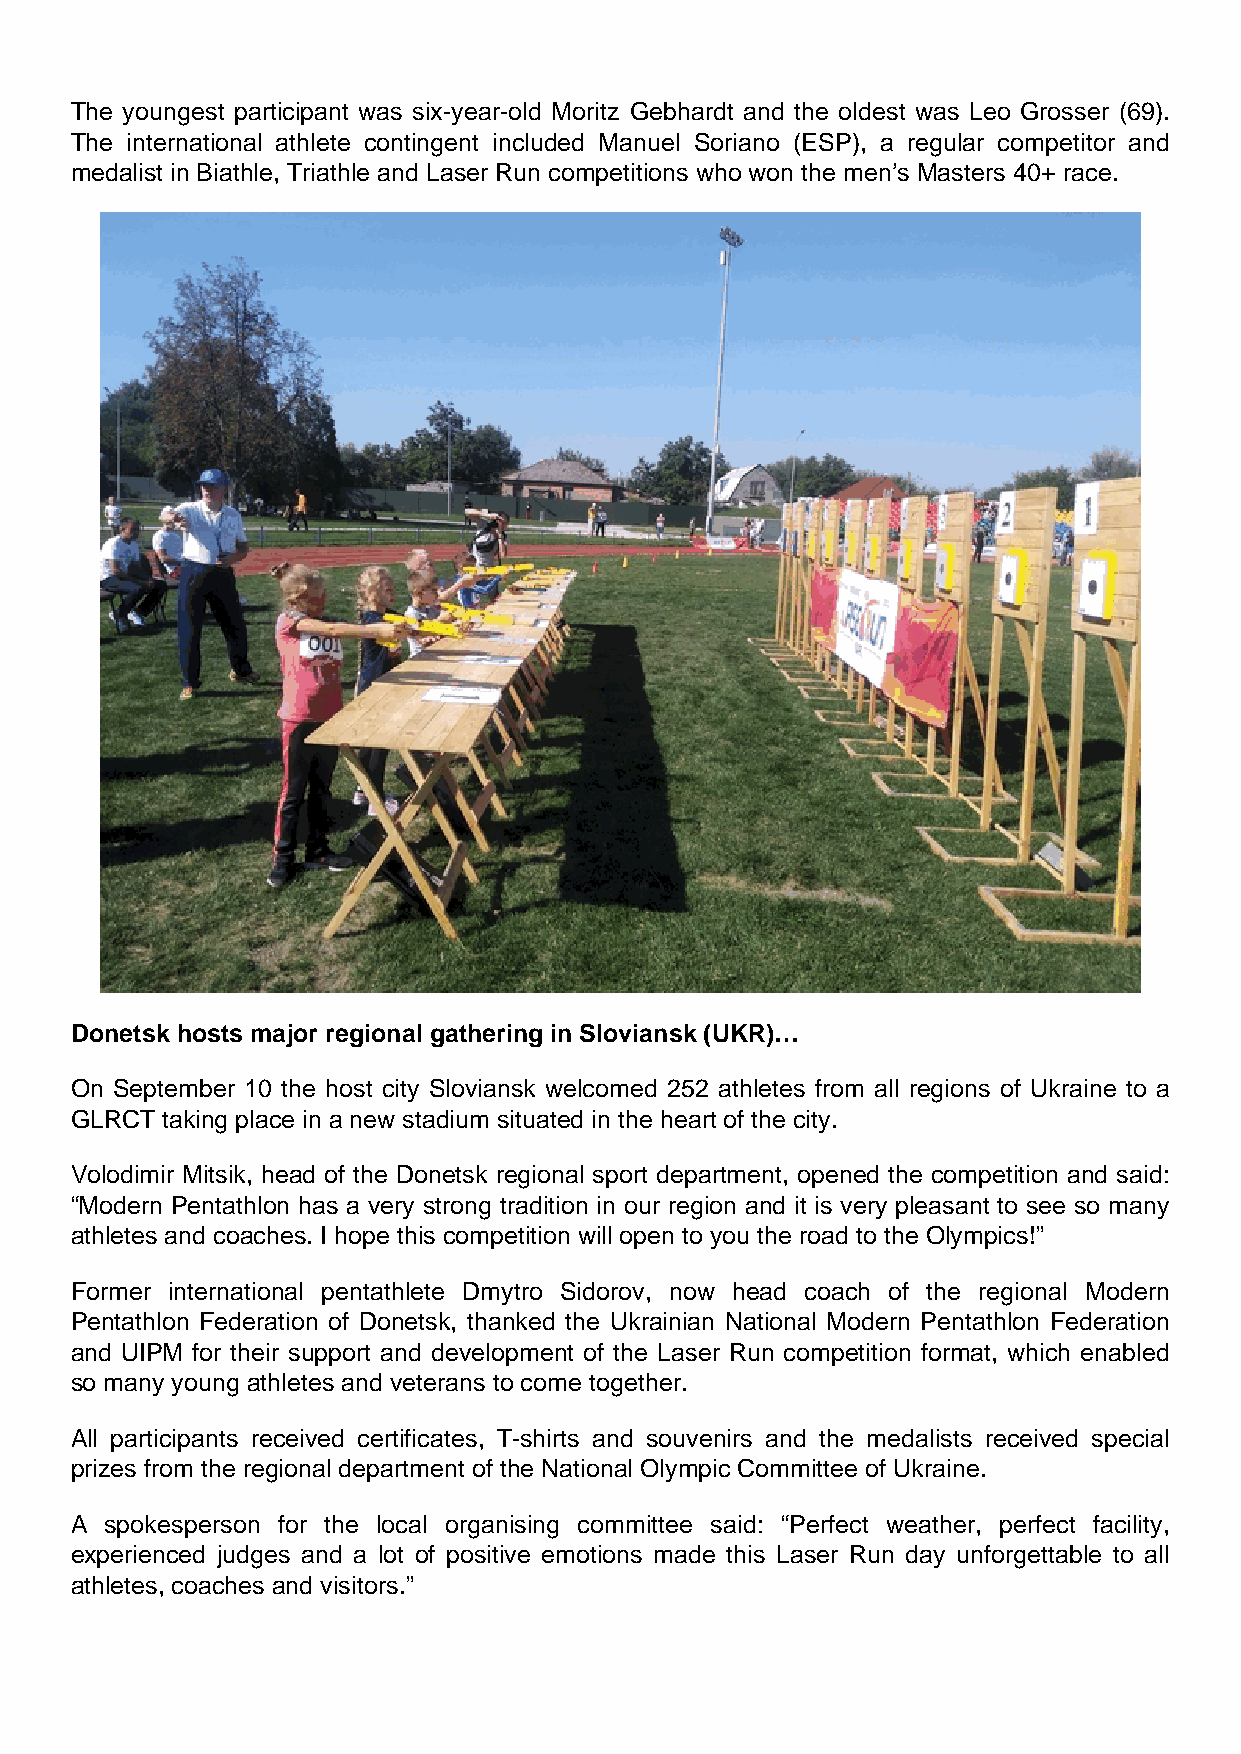
The youngest participant was six-year-old Moritz Gebhardt and the oldest was Leo Grosser (69).
 The international athlete contingent included Manuel Soriano (ESP), a regular competitor and
 medalist in Biathle, Triathle and Laser Run competitions who won the men’s Masters 40+ race.
 Donetsk hosts major regional gathering in Sloviansk (UKR)…
 On September 10 the host city Sloviansk welcomed 252 athletes from all regions of Ukraine to a
 GLRCT taking place in a new stadium situated in the heart of the city.
 Volodimir Mitsik, head of the Donetsk regional sport department, opened the competition and said:
 “Modern Pentathlon has a very strong tradition in our region and it is very pleasant to see so many
 athletes and coaches. I hope this competition will open to you the road to the Olympics!”
 Former international pentathlete Dmytro Sidorov, now head coach of the regional Modern
 Pentathlon Federation of Donetsk, thanked the Ukrainian National Modern Pentathlon Federation
 and UIPM for their support and development of the Laser Run competition format, which enabled
 so many young athletes and veterans to come together.
 All participants received certificates, T-shirts and souvenirs and the medalists received special
 prizes from the regional department of the National Olympic Committee of Ukraine.
 A spokesperson for the local organising committee said: “Perfect weather, perfect facility,
 experienced judges and a lot of positive emotions made this Laser Run day unforgettable to all
 athletes, coaches and visitors.”